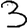
Digit: 3